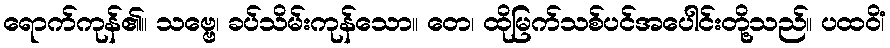
ရောက်ကုန်၏။ သဗ္ဗေ၊ ခပ်သိမ်းကုန်သော။ တေ၊ ထိုမြက်သစ်ပင်အပေါင်းတို့သည်။ ပထဝိံ၊